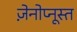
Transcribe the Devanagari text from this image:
ज़ेनोप्नूस्त